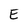
Character: E